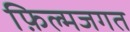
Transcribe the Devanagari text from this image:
फ़िल्मजगत